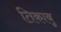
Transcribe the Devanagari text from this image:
तिकाबू